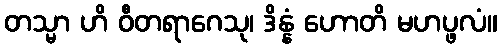
တသ္မာ ဟိ ဝီတရာဂေသု၊ ဒိန္နံ ဟောတိ မဟပ္ဖလံ။